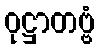
ဝုဋ္ဌာတဗ္ဗံ